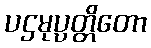
ပဌမုပ္ပတ္တိတော